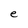
Character: e